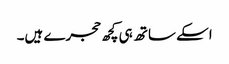
اسکے ساتھ ہی کچھ حجرے ہیں۔